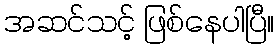
အဆင်သင့် ဖြစ်နေပါပြီ။